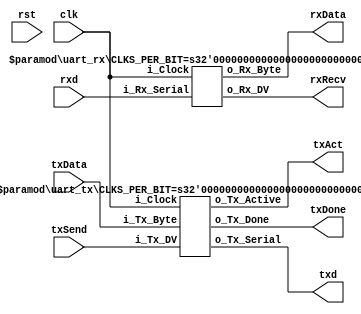
module uart(
	input 			  clk,
	input 			  rst,
	
	input      		  rxd,
	output  		  txd,

	output 	   [7:0] rxData,	// Received data
	output			  rxRecv, 	// Received flag
	input 	   [7:0] txData,	// Transmit data
	input			  txSend,	// Start transmision
	output			  txAct,
	output 			  txDone);	// Transmission done

  parameter CLKS_PER_BIT = 25;
	
	
	 uart_rx #(.CLKS_PER_BIT(CLKS_PER_BIT)) UART_RX_INST //Working at 10000000
    (.i_Clock(clk),
     .i_Rx_Serial(rxd),
     .o_Rx_DV(rxRecv),
     .o_Rx_Byte(rxData)
     );
   
  uart_tx #(.CLKS_PER_BIT(CLKS_PER_BIT)) UART_TX_INST
    (.i_Clock(clk),
     .i_Tx_DV(txSend),
     .i_Tx_Byte(txData),
     .o_Tx_Active(txAct),
     .o_Tx_Serial(txd),
     .o_Tx_Done(txDone)
     );
	
	
	
endmodule


module uart_rx 
  #(parameter CLKS_PER_BIT=52)
  (
   input        i_Clock,
   input        i_Rx_Serial,
   output       o_Rx_DV,
   output [7:0] o_Rx_Byte
   );
    
  parameter s_IDLE         = 3'b000;
  parameter s_RX_START_BIT = 3'b001;
  parameter s_RX_DATA_BITS = 3'b010;
  parameter s_RX_STOP_BIT  = 3'b011;
  parameter s_CLEANUP      = 3'b100;
   
  reg           r_Rx_Data_R = 1'b1;
  reg           r_Rx_Data   = 1'b1;
   
  reg [7:0]     r_Clock_Count = 0;
  reg [2:0]     r_Bit_Index   = 0; //8 bits total
  reg [7:0]     r_Rx_Byte     = 0;
  reg           r_Rx_DV       = 0;
  reg [2:0]     r_SM_Main     = 0;
   
  // Purpose: Double-register the incoming data.
  // This allows it to be used in the UART RX Clock Domain.
  // (It removes problems caused by metastability)
  always @(posedge i_Clock)
    begin
      r_Rx_Data_R <= i_Rx_Serial;
      r_Rx_Data   <= r_Rx_Data_R;
    end
   
   
  // Purpose: Control RX state machine
  always @(posedge i_Clock)
    begin
       
      case (r_SM_Main)
        s_IDLE :
          begin
            r_Rx_DV       <= 1'b0;
            r_Clock_Count <= 0;
            r_Bit_Index   <= 0;
             
            if (r_Rx_Data == 1'b0)          // Start bit detected
              r_SM_Main <= s_RX_START_BIT;
            else
              r_SM_Main <= s_IDLE;
          end
         
        // Check middle of start bit to make sure it's still low
        s_RX_START_BIT :
          begin
            if (r_Clock_Count == (CLKS_PER_BIT-1)/2)
              begin
                if (r_Rx_Data == 1'b0)
                  begin
                    r_Clock_Count <= 0;  // reset counter, found the middle
                    r_SM_Main     <= s_RX_DATA_BITS;
                  end
                else
                  r_SM_Main <= s_IDLE;
              end
            else
              begin
                r_Clock_Count <= r_Clock_Count + 1;
                r_SM_Main     <= s_RX_START_BIT;
              end
          end // case: s_RX_START_BIT
         
         
        // Wait CLKS_PER_BIT-1 clock cycles to sample serial data
        s_RX_DATA_BITS :
          begin
            if (r_Clock_Count < CLKS_PER_BIT-1)
              begin
                r_Clock_Count <= r_Clock_Count + 1;
                r_SM_Main     <= s_RX_DATA_BITS;
              end
            else
              begin
                r_Clock_Count          <= 0;
                r_Rx_Byte[r_Bit_Index] <= r_Rx_Data;
                 
                // Check if we have received all bits
                if (r_Bit_Index < 7)
                  begin
                    r_Bit_Index <= r_Bit_Index + 1;
                    r_SM_Main   <= s_RX_DATA_BITS;
                  end
                else
                  begin
                    r_Bit_Index <= 0;
                    r_SM_Main   <= s_RX_STOP_BIT;
                  end
              end
          end // case: s_RX_DATA_BITS
     
     
        // Receive Stop bit.  Stop bit = 1
        s_RX_STOP_BIT :
          begin
            // Wait CLKS_PER_BIT-1 clock cycles for Stop bit to finish
            if (r_Clock_Count < CLKS_PER_BIT-1)
              begin
                r_Clock_Count <= r_Clock_Count + 1;
                r_SM_Main     <= s_RX_STOP_BIT;
              end
            else
              begin
                r_Rx_DV       <= 1'b1;
                r_Clock_Count <= 0;
                r_SM_Main     <= s_CLEANUP;
              end
          end // case: s_RX_STOP_BIT
     
         
        // Stay here 1 clock
        s_CLEANUP :
          begin
            r_SM_Main <= s_IDLE;
            r_Rx_DV   <= 1'b0;
          end
         
         
        default :
          r_SM_Main <= s_IDLE;
         
      endcase
    end   
   
  assign o_Rx_DV   = r_Rx_DV;
  assign o_Rx_Byte = r_Rx_Byte;
   
endmodule // uart_rx

module uart_tx 
  #(parameter CLKS_PER_BIT=52)
  (
   input       i_Clock,
   input       i_Tx_DV,
   input [7:0] i_Tx_Byte, 
   output      o_Tx_Active,
   output reg  o_Tx_Serial,
   output      o_Tx_Done
   );
  
  parameter s_IDLE         = 3'b000;
  parameter s_TX_START_BIT = 3'b001;
  parameter s_TX_DATA_BITS = 3'b010;
  parameter s_TX_STOP_BIT  = 3'b011;
  parameter s_CLEANUP      = 3'b100;
   
  reg [2:0]    r_SM_Main     = 0;
  reg [7:0]    r_Clock_Count = 0;
  reg [2:0]    r_Bit_Index   = 0;
  reg [7:0]    r_Tx_Data     = 0;
  reg          r_Tx_Done     = 0;
  reg          r_Tx_Active   = 0;
     
  always @(posedge i_Clock)
    begin
       
      case (r_SM_Main)
        s_IDLE :
          begin
            o_Tx_Serial   <= 1'b1;         // Drive Line High for Idle
            r_Tx_Done     <= 1'b0;
            r_Clock_Count <= 0;
            r_Bit_Index   <= 0;
             
            if (i_Tx_DV == 1'b1)
              begin
                r_Tx_Active <= 1'b1;
                r_Tx_Data   <= i_Tx_Byte;
                r_SM_Main   <= s_TX_START_BIT;
              end
            else
              r_SM_Main <= s_IDLE;
          end // case: s_IDLE
         
         
        // Send out Start Bit. Start bit = 0
        s_TX_START_BIT :
          begin
            o_Tx_Serial <= 1'b0;
             
            // Wait CLKS_PER_BIT-1 clock cycles for start bit to finish
            if (r_Clock_Count < CLKS_PER_BIT-1)
              begin
                r_Clock_Count <= r_Clock_Count + 1;
                r_SM_Main     <= s_TX_START_BIT;
              end
            else
              begin
                r_Clock_Count <= 0;
                r_SM_Main     <= s_TX_DATA_BITS;
              end
          end // case: s_TX_START_BIT
         
         
        // Wait CLKS_PER_BIT-1 clock cycles for data bits to finish         
        s_TX_DATA_BITS :
          begin
            o_Tx_Serial <= r_Tx_Data[r_Bit_Index];
             
            if (r_Clock_Count < CLKS_PER_BIT-1)
              begin
                r_Clock_Count <= r_Clock_Count + 1;
                r_SM_Main     <= s_TX_DATA_BITS;
              end
            else
              begin
                r_Clock_Count <= 0;
                 
                // Check if we have sent out all bits
                if (r_Bit_Index < 7)
                  begin
                    r_Bit_Index <= r_Bit_Index + 1;
                    r_SM_Main   <= s_TX_DATA_BITS;
                  end
                else
                  begin
                    r_Bit_Index <= 0;
                    r_SM_Main   <= s_TX_STOP_BIT;
                  end
              end
          end // case: s_TX_DATA_BITS
         
         
        // Send out Stop bit.  Stop bit = 1
        s_TX_STOP_BIT :
          begin
            o_Tx_Serial <= 1'b1;
             
            // Wait CLKS_PER_BIT-1 clock cycles for Stop bit to finish
            if (r_Clock_Count < CLKS_PER_BIT-1)
              begin
                r_Clock_Count <= r_Clock_Count + 1;
                r_SM_Main     <= s_TX_STOP_BIT;
              end
            else
              begin
                r_Tx_Done     <= 1'b1;
                r_Clock_Count <= 0;
                r_SM_Main     <= s_CLEANUP;
                r_Tx_Active   <= 1'b0;
              end
          end // case: s_Tx_STOP_BIT
         
         
        // Stay here 1 clock
        s_CLEANUP :
          begin
            r_Tx_Done <= 1'b1;
            r_SM_Main <= s_IDLE;
          end
         
         
        default :
          r_SM_Main <= s_IDLE;
         
      endcase
    end
 
  assign o_Tx_Active = r_Tx_Active;
  assign o_Tx_Done   = r_Tx_Done;
   
endmodule